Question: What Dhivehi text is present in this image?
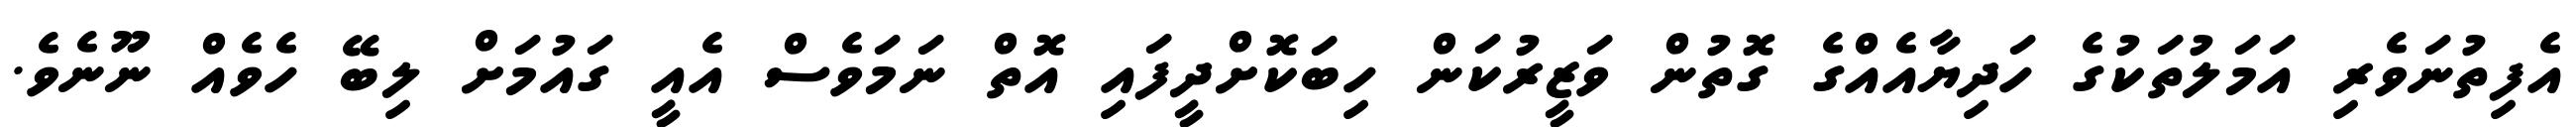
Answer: އެފިތުނަވެރި އަމަލުތަކުގެ ހަދިޔާއެއްގެ ގޮތުން ވަޒީރުކަން ހިބަކޮށްދީފައި އޮތް ނަމަވެސް އެއީ ގައުމަށް ލިބޭ ހެވެއް ނޫނެވެ.